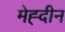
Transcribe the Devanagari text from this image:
मेह्दीन